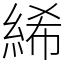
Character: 絺